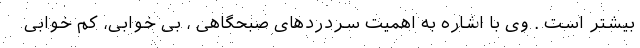
بیشتر است . وی با اشاره به اهمیت سردردهای صبحگاهی ، بی خوابی، کم خوابی